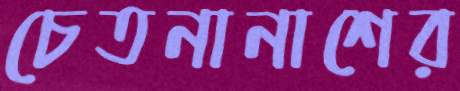
চেতনানাশের